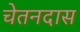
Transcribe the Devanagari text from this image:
चेतनदास